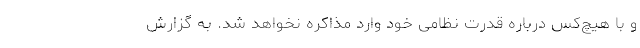
و با هیچ‌کس درباره قدرت نظامی خود وارد مذاکره نخواهد شد. به گزارش